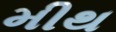
મીથ